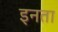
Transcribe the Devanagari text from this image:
इनता